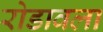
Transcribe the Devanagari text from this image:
रोडावला